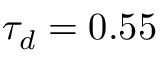
\tau _ { d } = 0 . 5 5